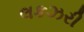
લકઝરી